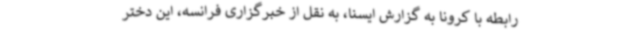
رابطه با کرونا به گزارش ایسنا، به نقل از خبرگزاری فرانسه، این دختر